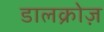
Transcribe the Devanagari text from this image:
डालक्रोज़